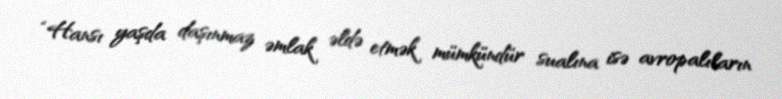
“Hansı yaşda daşınmaz əmlak əldə etmək mümkündür sualına isə avropalıların